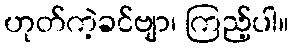
ဟုတ်ကဲ့ခင်ဗျာ၊ ကြည့်ပါ။